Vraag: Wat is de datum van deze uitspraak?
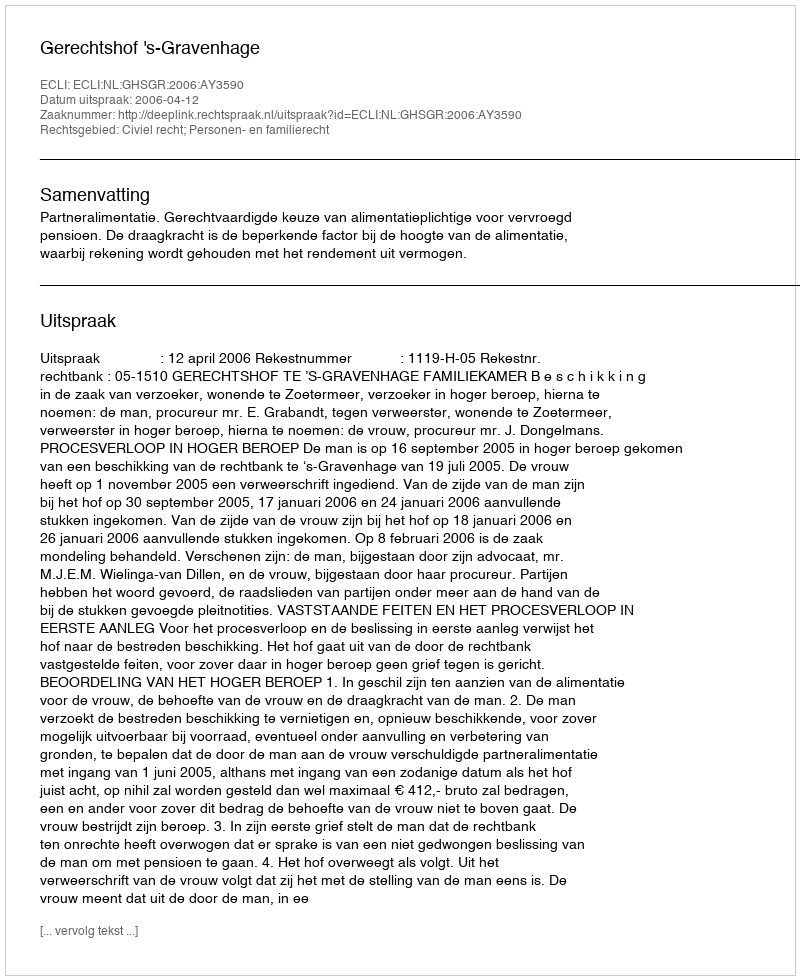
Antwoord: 2006-04-12